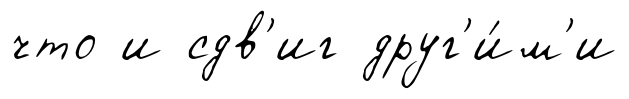
что и сдв'иг друг'и́м'и